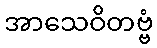
အာသေဝိတဗ္ဗံ